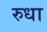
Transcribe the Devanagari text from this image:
रुधा